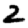
Digit: 2